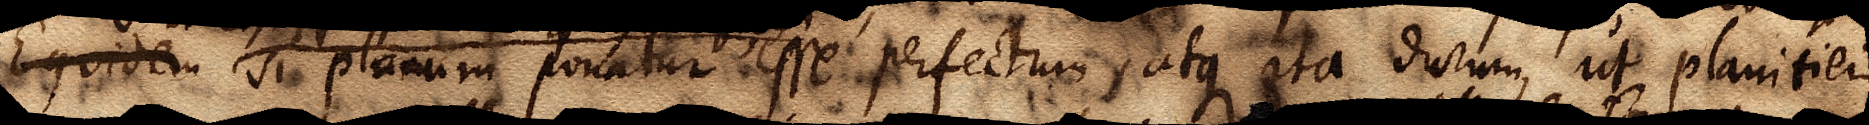
Equidem si planum ponatur esse perfectum atque ita durum, ut planitiei